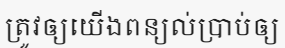
ត្រូវឲ្យយើងពន្យល់ប្រាប់ឲ្យ